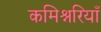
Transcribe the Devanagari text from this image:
कमिश्नरियाँ